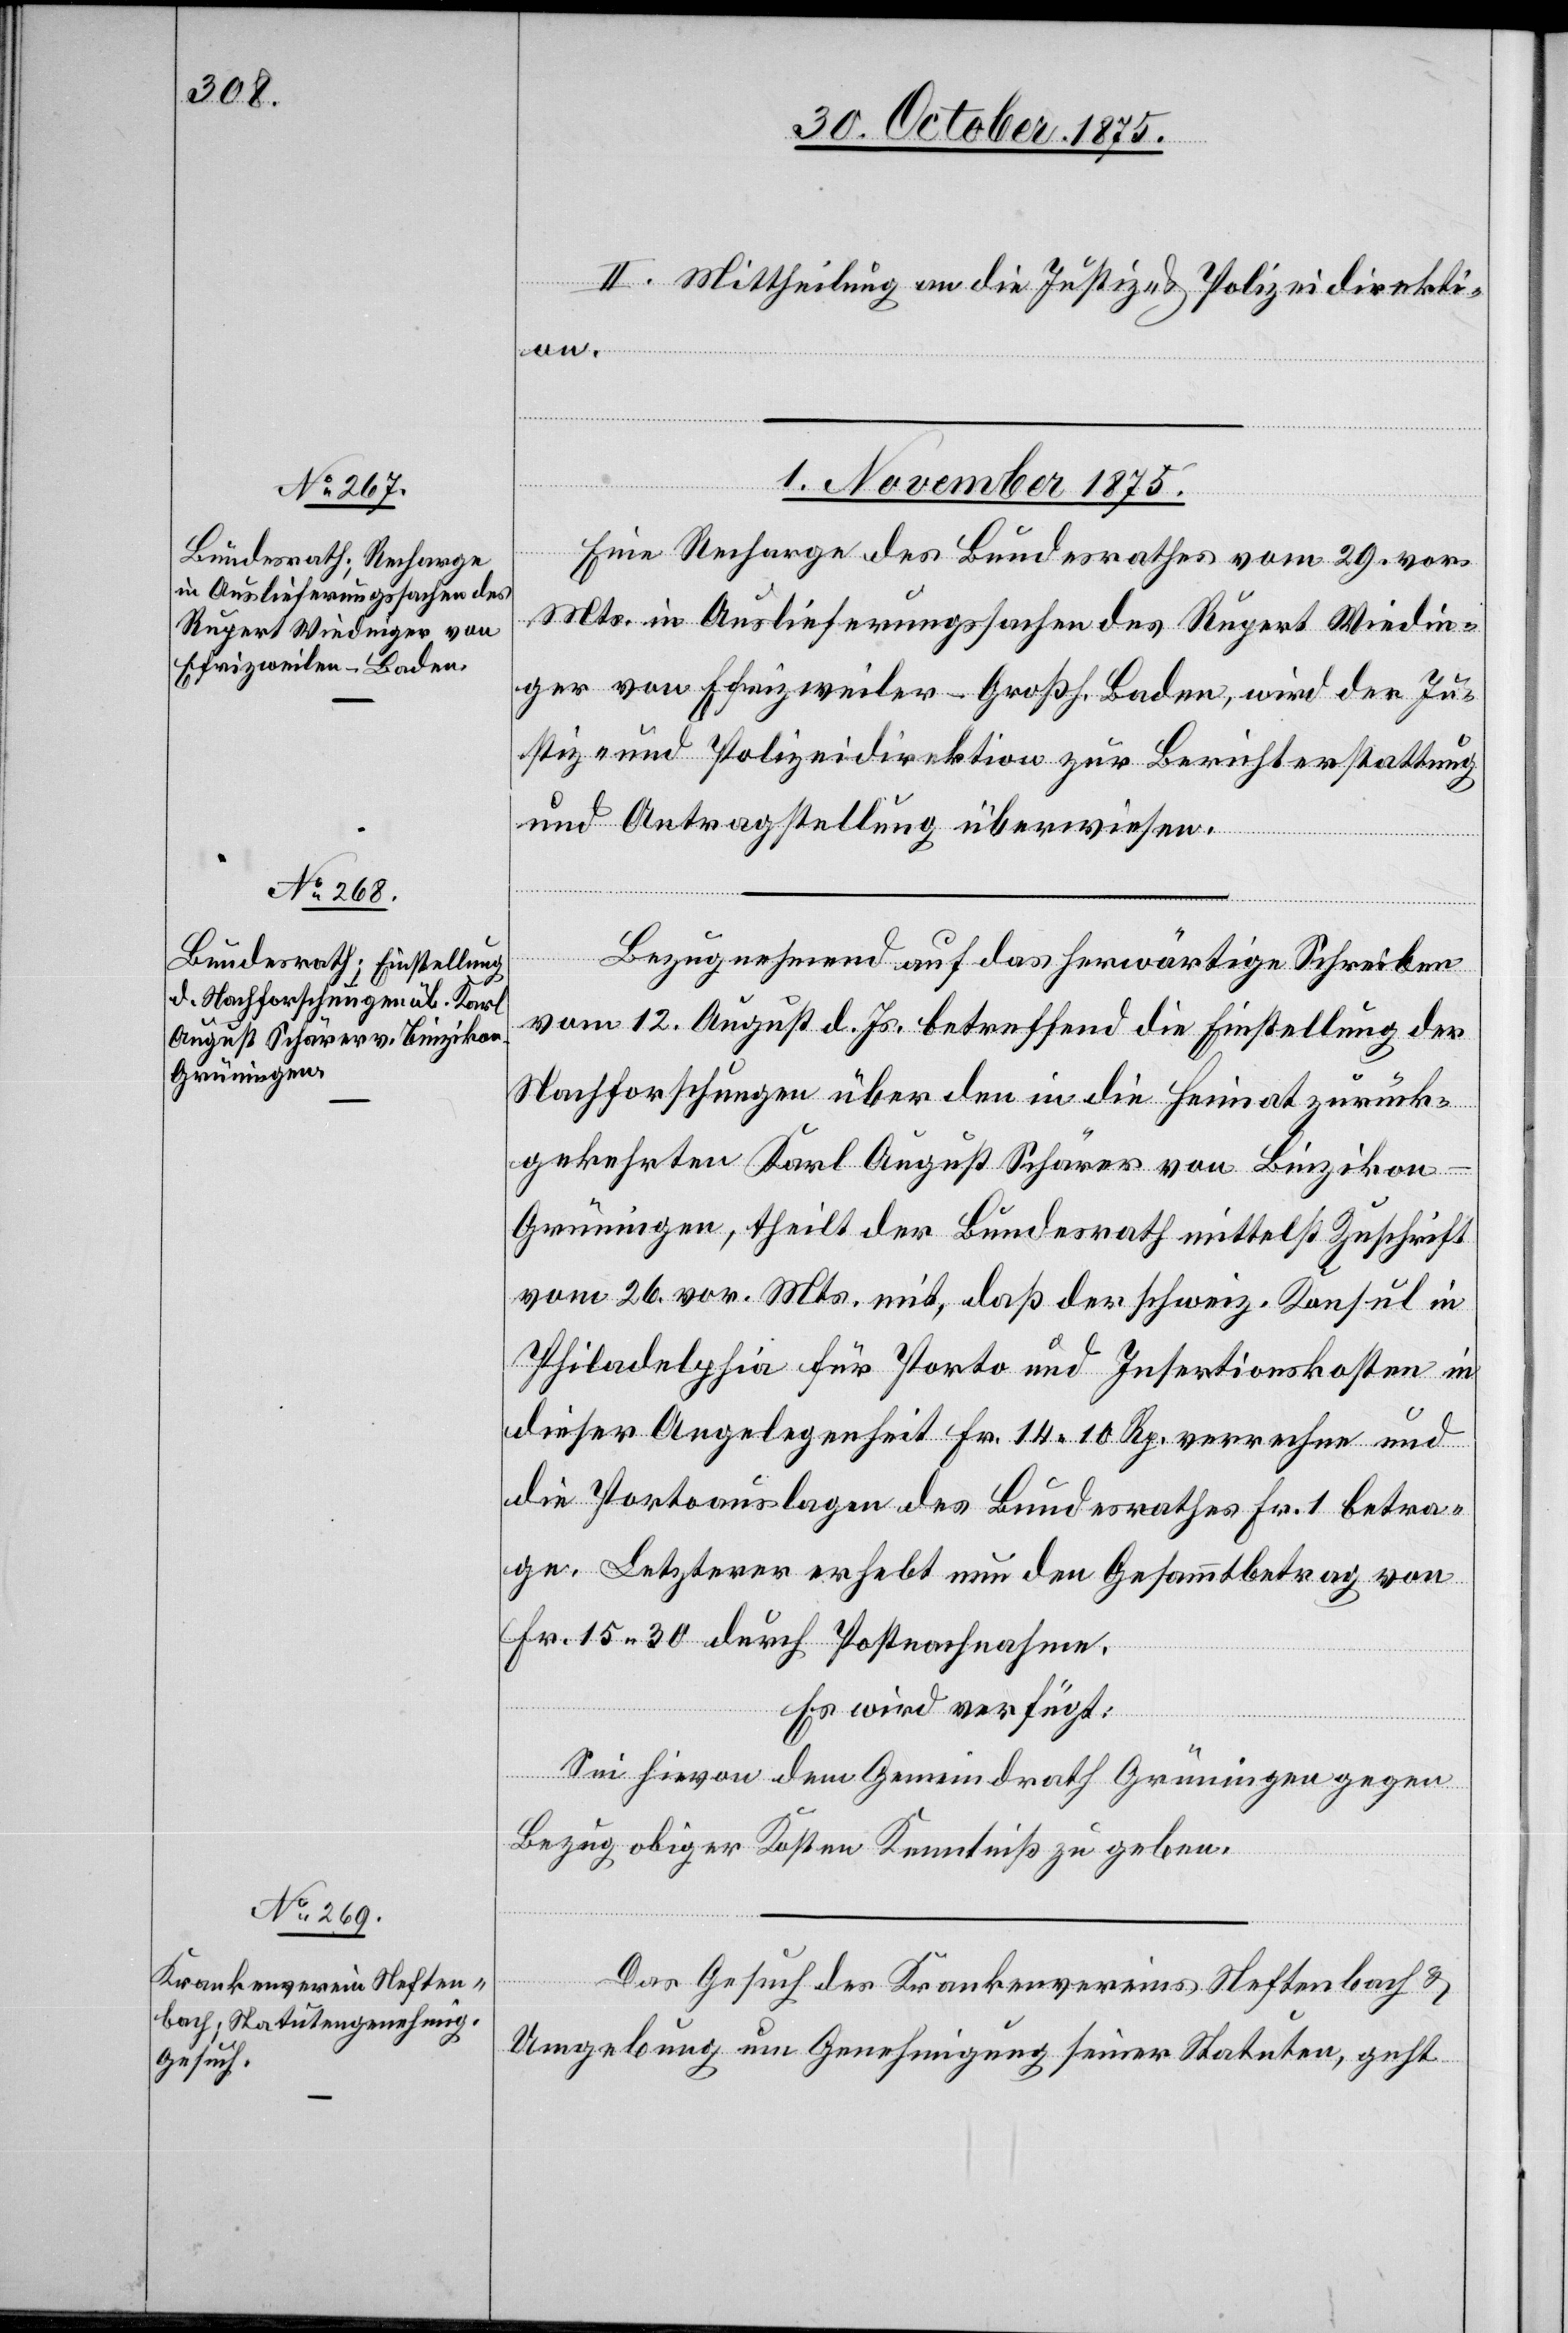
2. Mittheilung an die Justiz- & Polizeidirekti¬
on.
1. November 1875.]
Eine Recharge des Bundesrathes vom 29. vor.
Mts. in Auslieferungssachen des Rupert Wiedin¬
ger von Efrizweiler [sic!] - Großh. Baden, wird der Ju¬
stiz- und Polizeidirektion zur Berichterstattung
und Antragstellung überwiesen.
Bezugnehmend auf das herwärtige Schreiben
vom 12. August d. Js. betreffend die Einstellung der
Nachforschungen über den in die Heimat zurück¬
gekehrten Karl August Schärer von Binzikon
Grüningen, theilt der Bundesrath mittelst Zuschrift
vom 26. vor. Mts. mit, daß der schweiz. Konsul in
Philadelphia für Porto und Insertionskosten in
dieser Angelegenheit Fr.14 10 Rp. verrechne und
die Portoauslagen des Bundesrathes Fr. 1 betra¬
ge. Letzterer erhebt nun den Gesammtbetrag von
Fr. 15 30 durch Postnachnahme.
Es wird verfügt:
Sei hievon dem Gemeindrath Grüningen gegen
Bezug obiger Kosten Kenntniß zu geben.
Das Gesuch des Krankenvereins Neftenbach &
Umgebung um Genehmigung seiner Statuten, geht